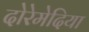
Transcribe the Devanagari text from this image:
दोरेमेदिया